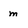
Character: m